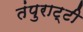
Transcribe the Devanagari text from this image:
तंपुराट्टी